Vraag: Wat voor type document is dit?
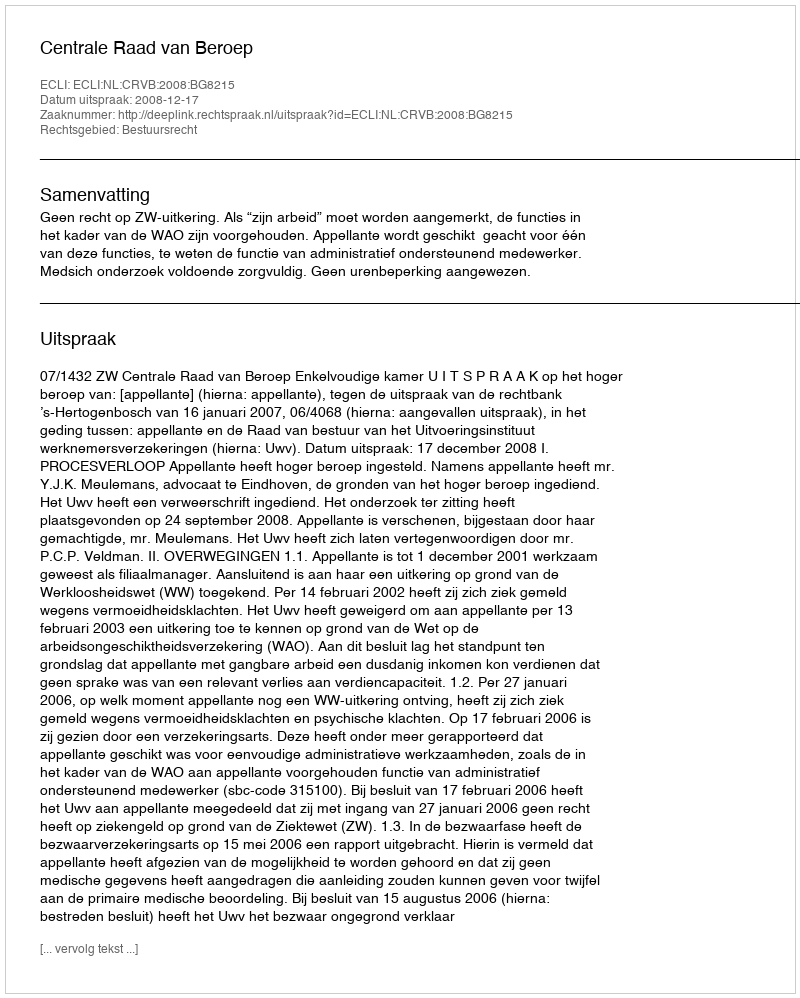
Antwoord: Uitspraak